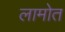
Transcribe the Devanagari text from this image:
लामोत